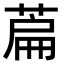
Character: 萹